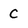
Character: c